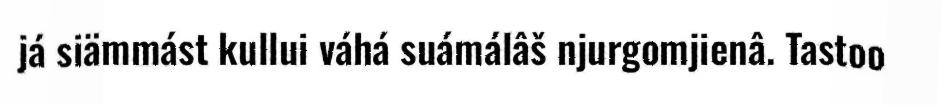
já siämmást kullui váhá suámálâš njurgomjienâ. Tastoo